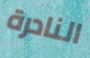
النادرة